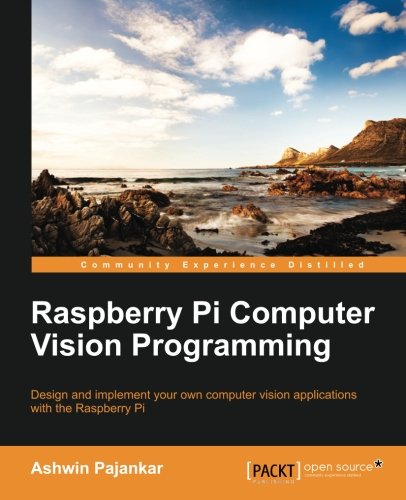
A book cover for Raspberry Pi Computer Vision Programming; Ashwin Pajankar; Computers & Technology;